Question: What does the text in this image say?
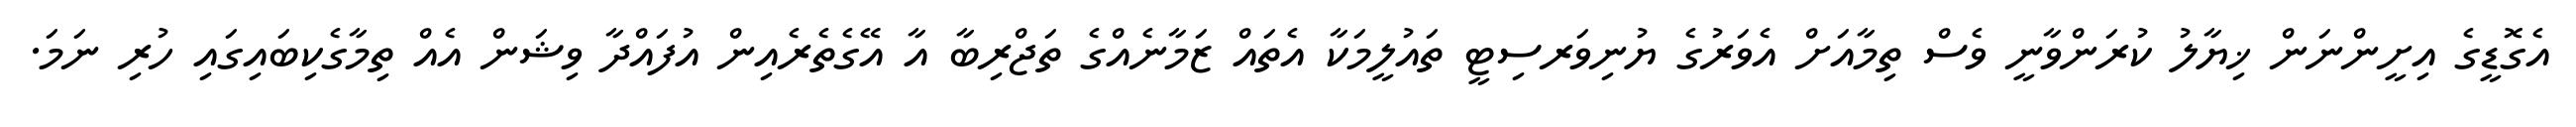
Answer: އެގޮޑީގެ އިށީންނަން ޚިޔާލު ކުރަންވާނީ ވެސް ތިމާއަށް އެވަރުގެ ޔުނިވަރސިޓީ ތައުލީމަކާ އެތައް ޒަމާނެއްގެ ތަޖްރިބާ އާ އޭގެތެރެއިން އުފައްދާ ވިޝަން އެއް ތިމާގެކިބައިގައި ހުރި ނަމަ.